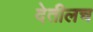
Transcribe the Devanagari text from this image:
देतीलच